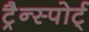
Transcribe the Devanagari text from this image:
ट्रैन्स्पोर्ट्